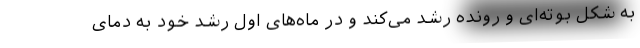
به شکل بوته‌ای و رونده رشد می‌کند و در ماه‌های اول رشد خود به دمای